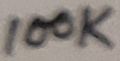
Text: 100K